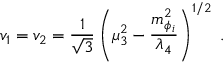
v _ { 1 } = v _ { 2 } = \frac { 1 } { \sqrt { 3 } } \left( \mu _ { 3 } ^ { 2 } - \frac { m _ { \phi _ { i } } ^ { 2 } } { \lambda _ { 4 } } \right) ^ { 1 / 2 } \; .